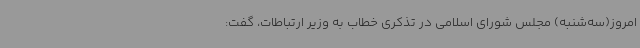
امروز(سه‌شنبه) مجلس شورای اسلامی در تذکری خطاب به وزیر ارتباطات، گفت: